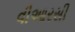
વીઆરસી